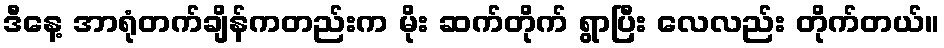
ဒီနေ့ အာရုံတက်ချိန်ကတည်းက မိုး ဆက်တိုက် ရွာပြီး လေလည်း တိုက်တယ်။